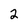
Character: 2